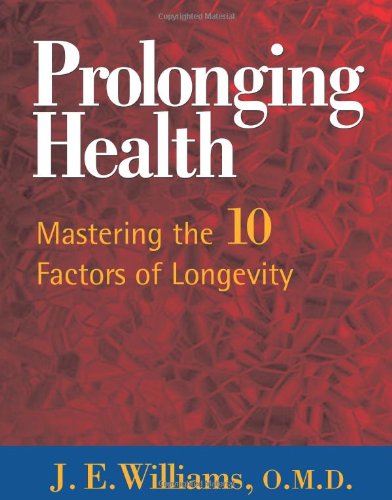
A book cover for Prolonging Health: Mastering the 10 Factors of Longevity; J. E. Williams; Health, Fitness & Dieting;